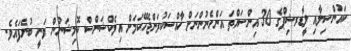
ކައުންސިލާއި ލީޑާރޝިޕްގެ 30 އިންސައްތަ އަންހެނުންނަށް ޚާއްސަކުރަންޖެހޭކަމަށް އިލެކްޝަންސް ކޮމިޝަނުން ވަނީ ބުނެފައެވެ.